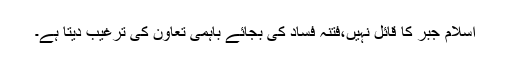
اسلام جبر کا قائل نہیں،فتنہ فساد کی بجائے باہمی تعاون کی ترغیب دیتا ہے۔